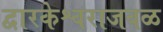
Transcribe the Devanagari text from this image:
द्वारकेश्वराजवळ